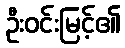
ဦးဝင်းမြင့်၏